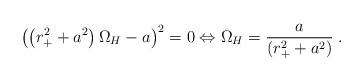
LaTeX: \begin{align*}{\left(\left(r_{+}^2+a^2\right)\Omega_{H}-a\right)}^2=0\Leftrightarrow\Omega_{H}=\frac{a}{\left(r_{+}^2+a^2\right)}\;.\end{align*}